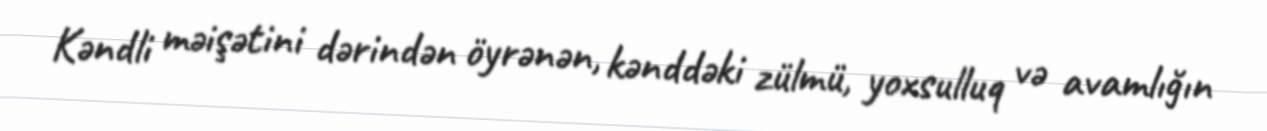
Kəndli məişətini dərindən öyrənən, kənddəki zülmü, yoxsulluq və avamlığın